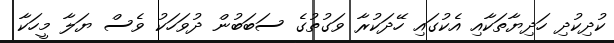
ކުދިކުދި ހަދިޔާތަކާއި އެކުގައި ހޭދަކުރާ ވަގުތުގެ ސަބަބުން ދުވަހަކު ވެސް ޔަލާ މީހަކާ